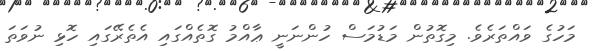
މަހުގެ ވައްތަރެވެ. މިގޮތުން މަޑުމަސް ހުންނަނީ ޢާއްމު ގޮތެއްގައި އެތެރޭގައި ހޮޅި ނުވަތަ